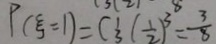
P ( \varepsilon = 1 ) = C _ { 3 } ^ { 1 } ( \frac { 1 } { 2 } ) ^ { 3 } = \frac { 3 } { 8 }